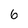
Character: 6